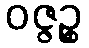
ဝဇ္ဇဉ္စ